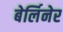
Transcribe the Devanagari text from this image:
बेर्लिनेर